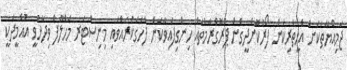
ޖަމިއްޔާތަކަށް އެހީތެރިކަން ފޯރުކޮށްދީގެން ޕްރޮގްރާމްތައް ހިންގިފައިވާކަން ފާހަގަކުރައްވައި މިނިސްޓަރ މަހްލޫފް ވިދާޅުވީ އުއްމީދަކީ